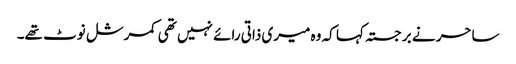
ساحر نے برجستہ کہا کہ وہ میری ذاتی رائے نہیں تھی کمرشل نوٹ تھے۔